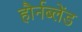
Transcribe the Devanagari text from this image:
हौर्नब्लेंड